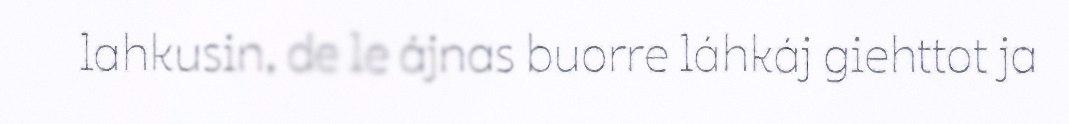
lahkusin, de le ájnas buorre láhkáj giehttot ja